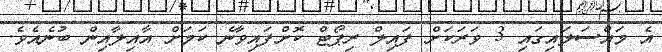
އެ މައްސަލައިގައި 3 ވަރަކަށް ފައިލް ރިޕޯޓް ކޮށްފައިވާނެ ކަމަށް އާއިލާއިން ބުނެއެވެ.